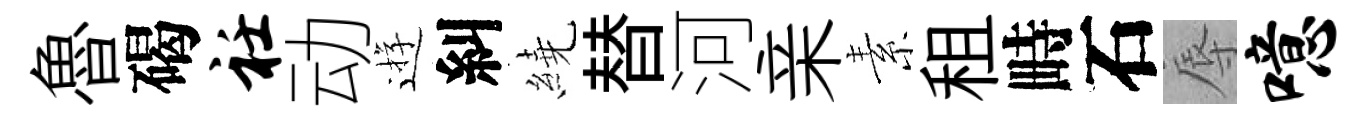
魯碣衽动逰糾繞替河亲素租畤石辱噫